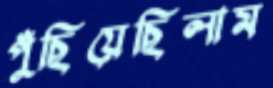
পুঁছিয়েছিলাম